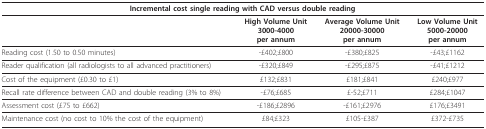
<table><thead><tr><td colspan="4"><b>Incremental cost single reading with CAD versus double reading</b></td></tr></thead><tbody><tr><td></td><td><b>High Volume Unit</b><b>3000-4000</b><b>per annum</b></td><td><b>Average Volume Unit</b><b>20000-30000</b><b>per annum</b></td><td><b>Low Volume Unit</b><b>5000-20000</b><b>per annum</b></td></tr><tr><td>Reading cost (1.50 to 0.50 minutes)</td><td>-£402;£800</td><td>-£380;£825</td><td>-£43;£1162</td></tr><tr><td>Reader qualification (all radiologists to all advanced practitioners)</td><td>-£320;£849</td><td>-£295;£875</td><td>-£41;£1212</td></tr><tr><td>Cost of the equipment (£0.30 to £1)</td><td>£132;£831</td><td>£181;£841</td><td>£240;£977</td></tr><tr><td>Recall rate difference between CAD and double reading (3% to 8%)</td><td>-£76;£685</td><td>£-52;£711</td><td>£284;£1047</td></tr><tr><td>Assessment cost (£75 to £662)</td><td>-£186;£2896</td><td>-£161;£2976</td><td>£176;£3491</td></tr><tr><td>Maintenance cost (no cost to 10% the cost of the equipment)</td><td>£84;£323</td><td>£105-£387</td><td>£372-£735</td></tr></tbody></table>